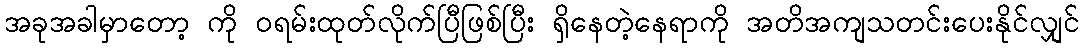
အခုအခါမှာတော့ ကို ဝရမ်းထုတ်လိုက်ပြီဖြစ်ပြီး ရှိနေတဲ့နေရာကို အတိအကျသတင်းပေးနိုင်လျှင်